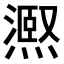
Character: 𭶉